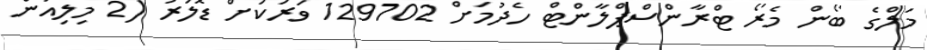
މަލްގެ ބޯން މެރޯ ޓްރާންސްޕްލާންޓް ހެދުމަށް 129702 ވަރަކަށް ޑޮލަރު (2 މިލިއަން